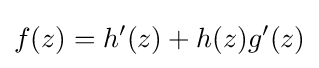
f(z)=h'(z)+h(z)g'(z)